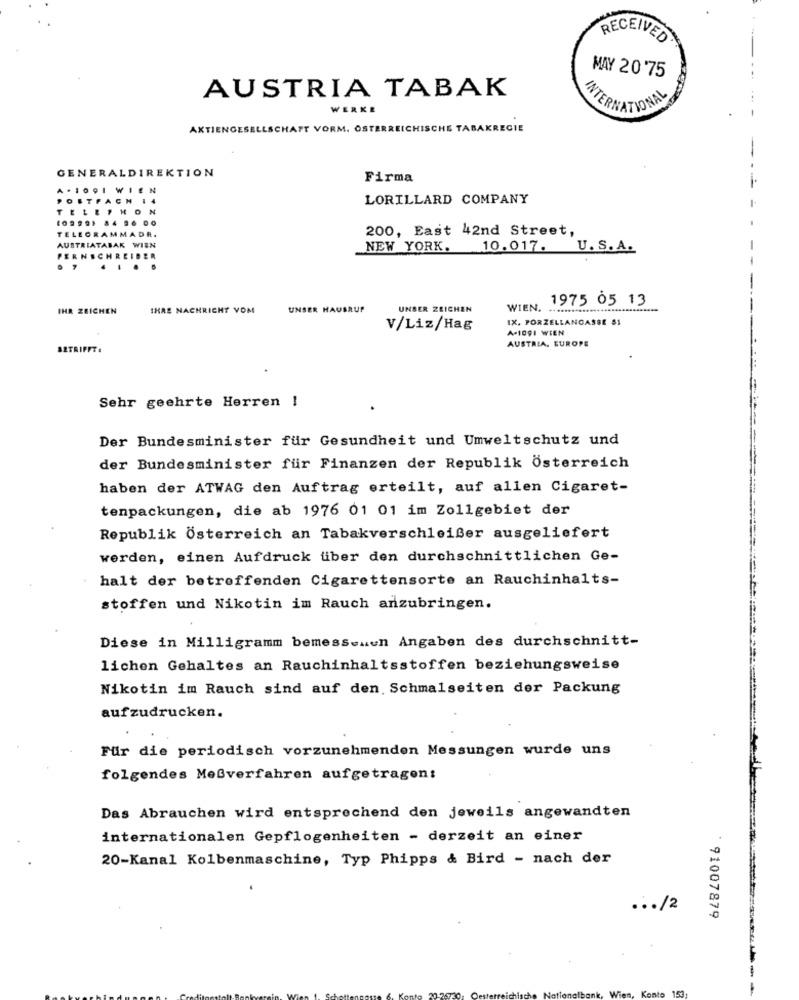
RECEIVED
MAY 20'75
AUSTRIA TABAK
WERKE
INTERNATIONAL
AKTIENGESELLSCHAFT VORM. ÖSTERREICHISCHE TABAKREGIE
GENERALDIREKTION
Firma
A . I
W
EN
OFTFACH
LORILLARD COMPANY
TELETHON
TELEGRAMMADR.
200, East 42nd Street,
AUSTRIATABAK WIEN
NEW YORK.
10.017. U.S. A.
PERNSCHREI
....
1975 05 13
IHR ZEICHEN
IHRE NACHRICHT VOM
UNSER HAUSAUF
UNSER ZEICHEN
WIEN.
IX. PORZELLANGASSE 51
V/Liz/Hag
A-1091 WIEN
AUSTRIA. EUROPE
BETRIFFT .
Sehr geehrte Herren
Der Bundesminister für Gesundheit und Umweltschutz und
der Bundesminister für Finanzen der Republik Österreich
haben der ATWAG den Auftrag erteilt, auf allen Cigaret-
tenpackungen, die ab 1976 01 01 im Zollgebiet der
Republik Österreich an Tabakverschleißer ausgeliefert
werden, einen Aufdruck über den durchschnittlichen Ge-
halt der betreffenden Cigarettensorte an Rauchinhalts-
stoffen und Nikotin im Rauch anzubringen.
Diese in Milligramm bemessenen Angaben des durchschnitt-
lichen Gehaltes an Rauchinhaltsstoffen beziehungsweise
Nikotin im Rauch sind auf den. Schmalseiten der Packung
aufzudrucken.
Für die periodisch vorzunehmenden Messungen wurde uns
folgendes Meßverfahren aufgetragen:
Das Abrauchen wird entsprechend den jeweils angewandten
internationalen Gepflogenheiten - derzeit an einer
20-Kanal Kolbenmaschine, Typ Phipps & Bird - nach der
... /2
91007879
Wien, Konto 153: